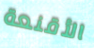
الأقنعة